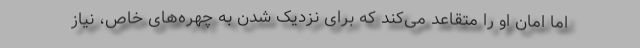
اما امان او را متقاعد می‌کند که برای نزدیک شدن به چهره‌های خاص، نیاز